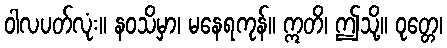
ဝါလပတ်လုံး။ နဝသိမှာ၊ မနေရကုန်။ ဣတိ၊ ဤသို့။ ဝုတ္တေ၊